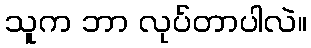
သူက ဘာ လုပ်တာပါလဲ။